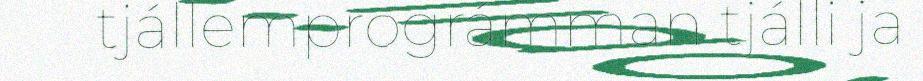
tjállemprográmman tjálli ja